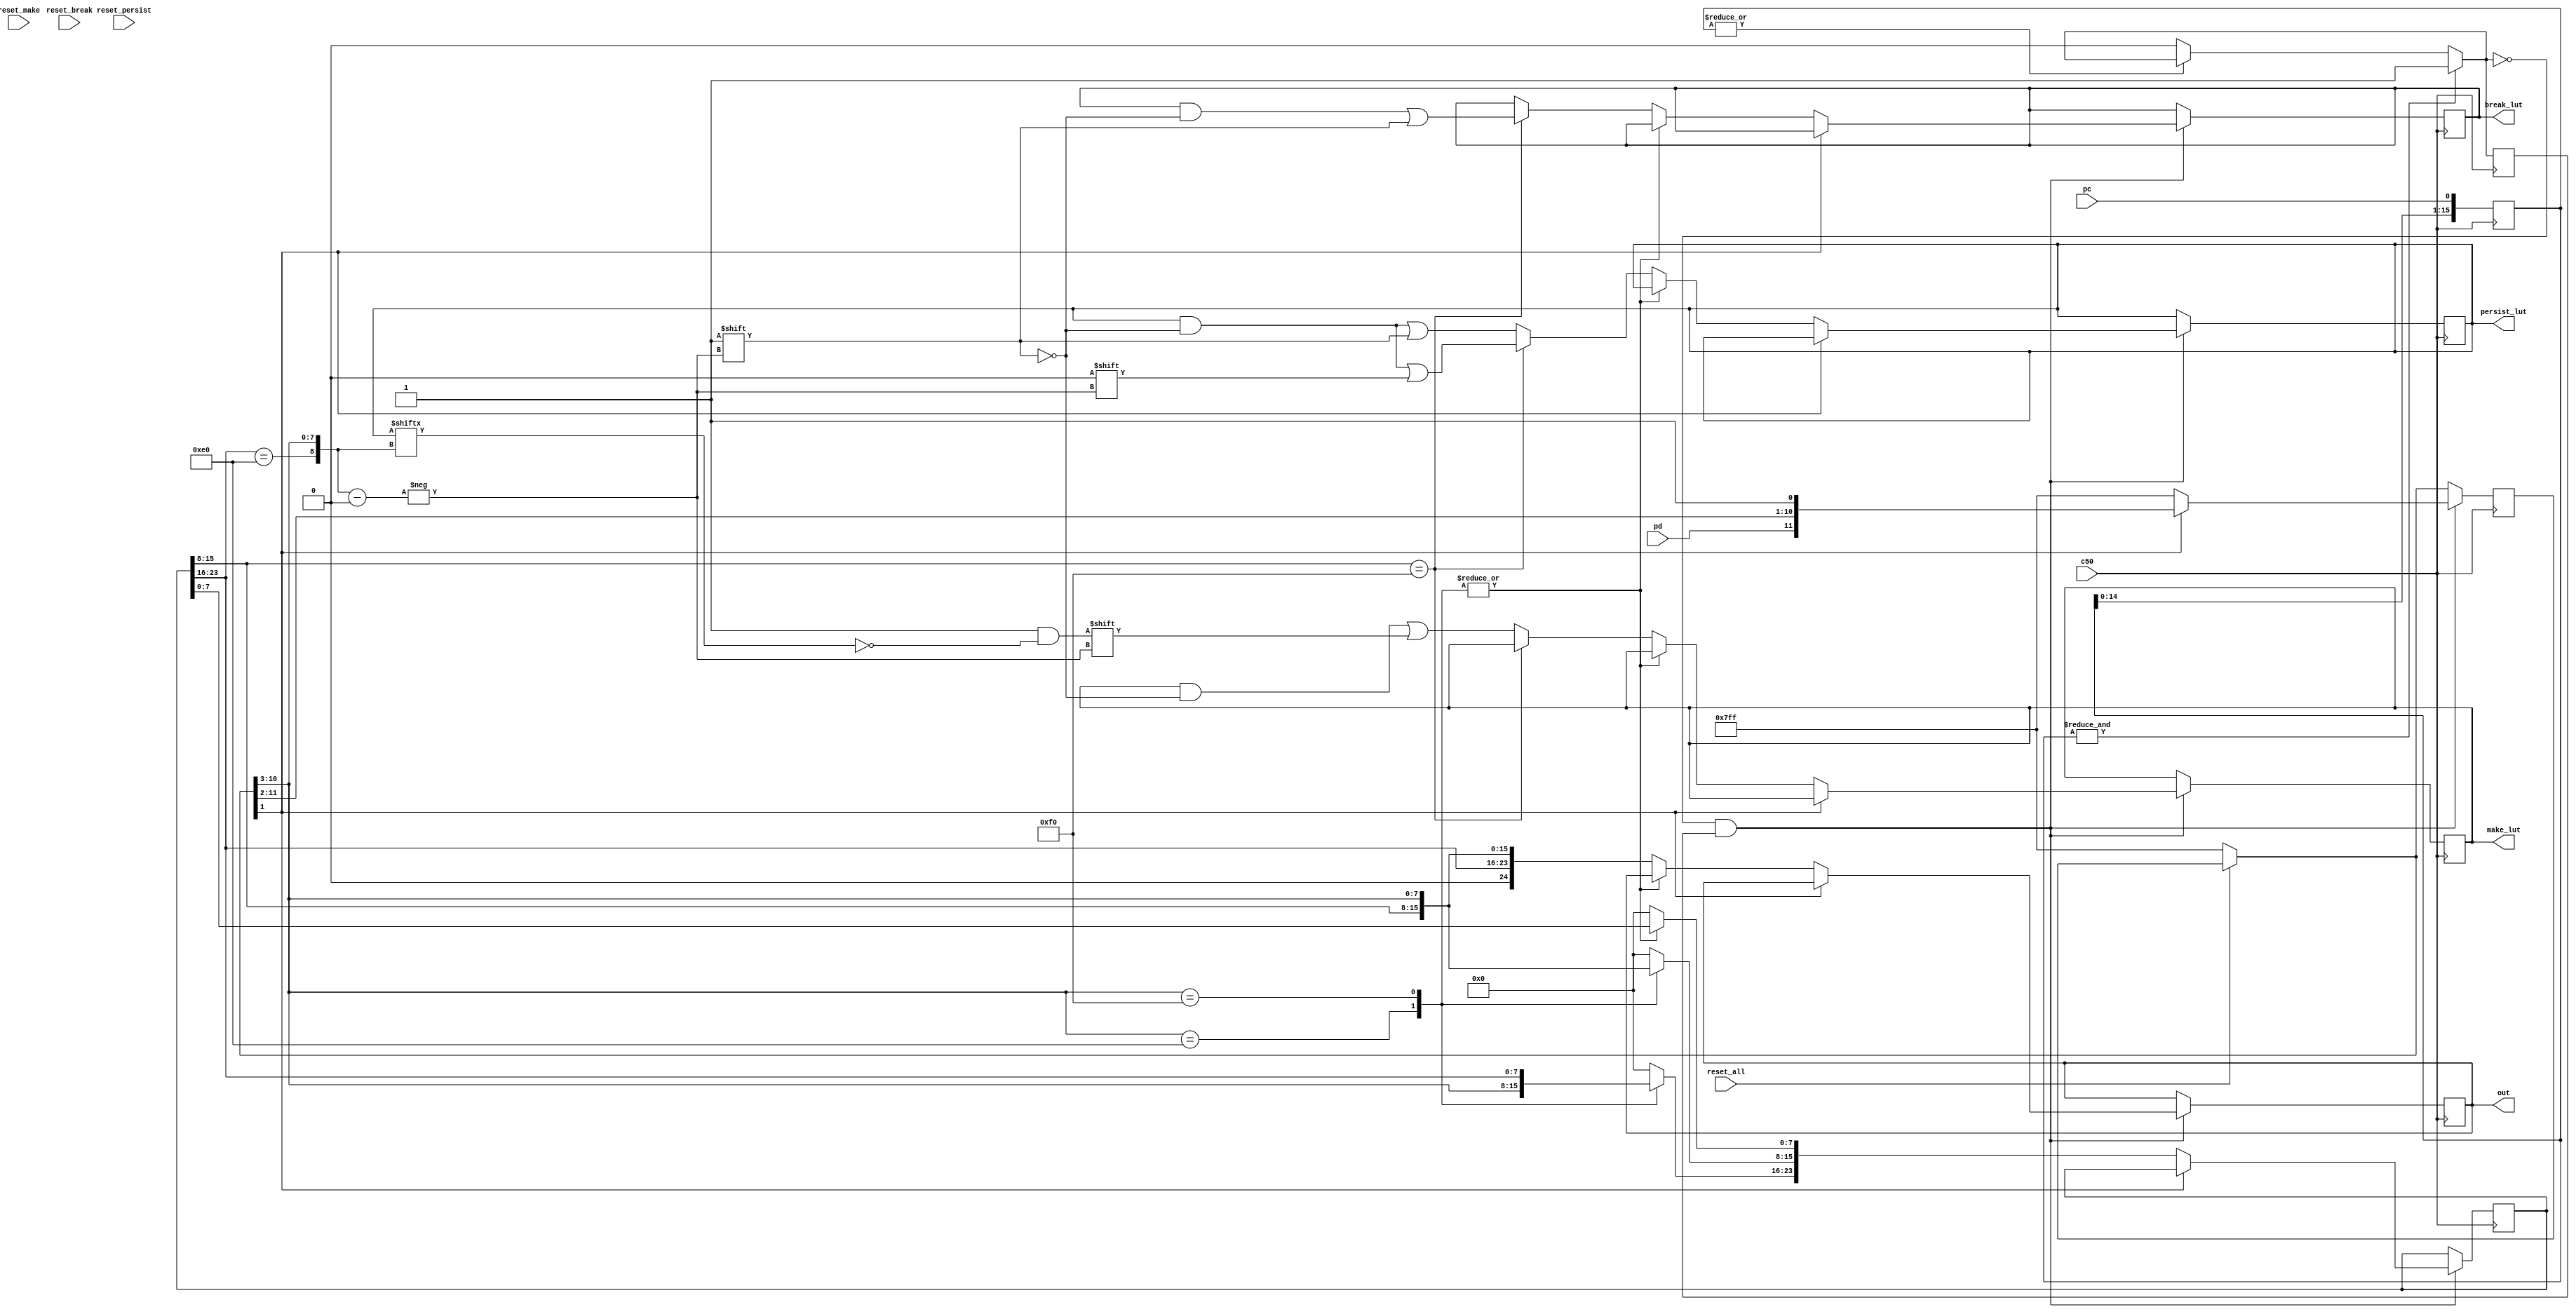
module controller(
    input c50,
    input pc,
    input pd,
    input reset_all,
    input reset_make,
    input reset_persist,
    input reset_break,
    output reg [24:0] out,
    output reg [511:0] make_lut,
    output reg [511:0] persist_lut,
    output reg [511:0] break_lut
);

    reg [15:0] denoise;
    wire pcf;
    assign pcf = (&denoise) ? 1'b1 : ((~|denoise) ? 1'b0 : pcf);

    always @(posedge c50)
    begin
        denoise <= {denoise[14:0], pc};
    end

    // ** RAW SHIFTED DATA ** //
    reg [11:0] data;
    // ** CURRENT SCAN CODE BUFFER ** //
    reg [23:0] scan;

    reg prev_pcf;

    always @(negedge c50)
    begin
        
        // ** RESET LOGIC ** //
        if(!reset_all) 
        begin
            make_lut <= 512'd0;
            persist_lut <= 512'd0;
            break_lut <= 512'd0;
            scan <= 24'h000000;
            data = 11'b11111111111;
        end
        else
        begin
            if(!reset_make)
                make_lut <= 512'd0;
            if(!reset_persist)
                persist_lut <= 512'd0;
            if(!reset_break)
                break_lut <= 512'd0;
        end

        if(pcf == 1'b0 && prev_pcf == 1'b1) 
        begin
            // shift right
            data = {pd, data[11:1]};
            // if all shifted in
            if(data[0] == 1'b0)
            begin
                case(data[9:2])
                    8'hE0: scan[23:16] = data[9:2];
                    8'hF0: scan[15:8] = data[9:2];
                    default: begin
                        // full code
                        scan[7:0] = data[9:2];
                        out = scan;
                        
                        if(scan[15:8] == 8'hF0)
                        begin
                            // break code
                            persist_lut[{scan[23:16] == 8'hE0, scan[7:0]}] = 1'b0;
                            break_lut[{scan[23:16] == 8'hE0, scan[7:0]}] = 1'b1;
                        end
                        else
                        begin
                            // make code
                            make_lut[{scan[23:16] == 8'hE0, scan[7:0]}] = ~persist_lut[{scan[23:16] == 8'hE0, scan[7:0]}];
                            persist_lut[{scan[23:16] == 8'hE0, scan[7:0]}] = 1'b1;
                        end
                        
                        scan = 25'h000000;
                    end
                endcase

                data = 11'b11111111111;
            end
        end

        prev_pcf = pcf;
    end

endmodule